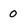
Character: 0